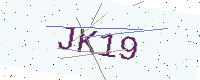
Text: JK19